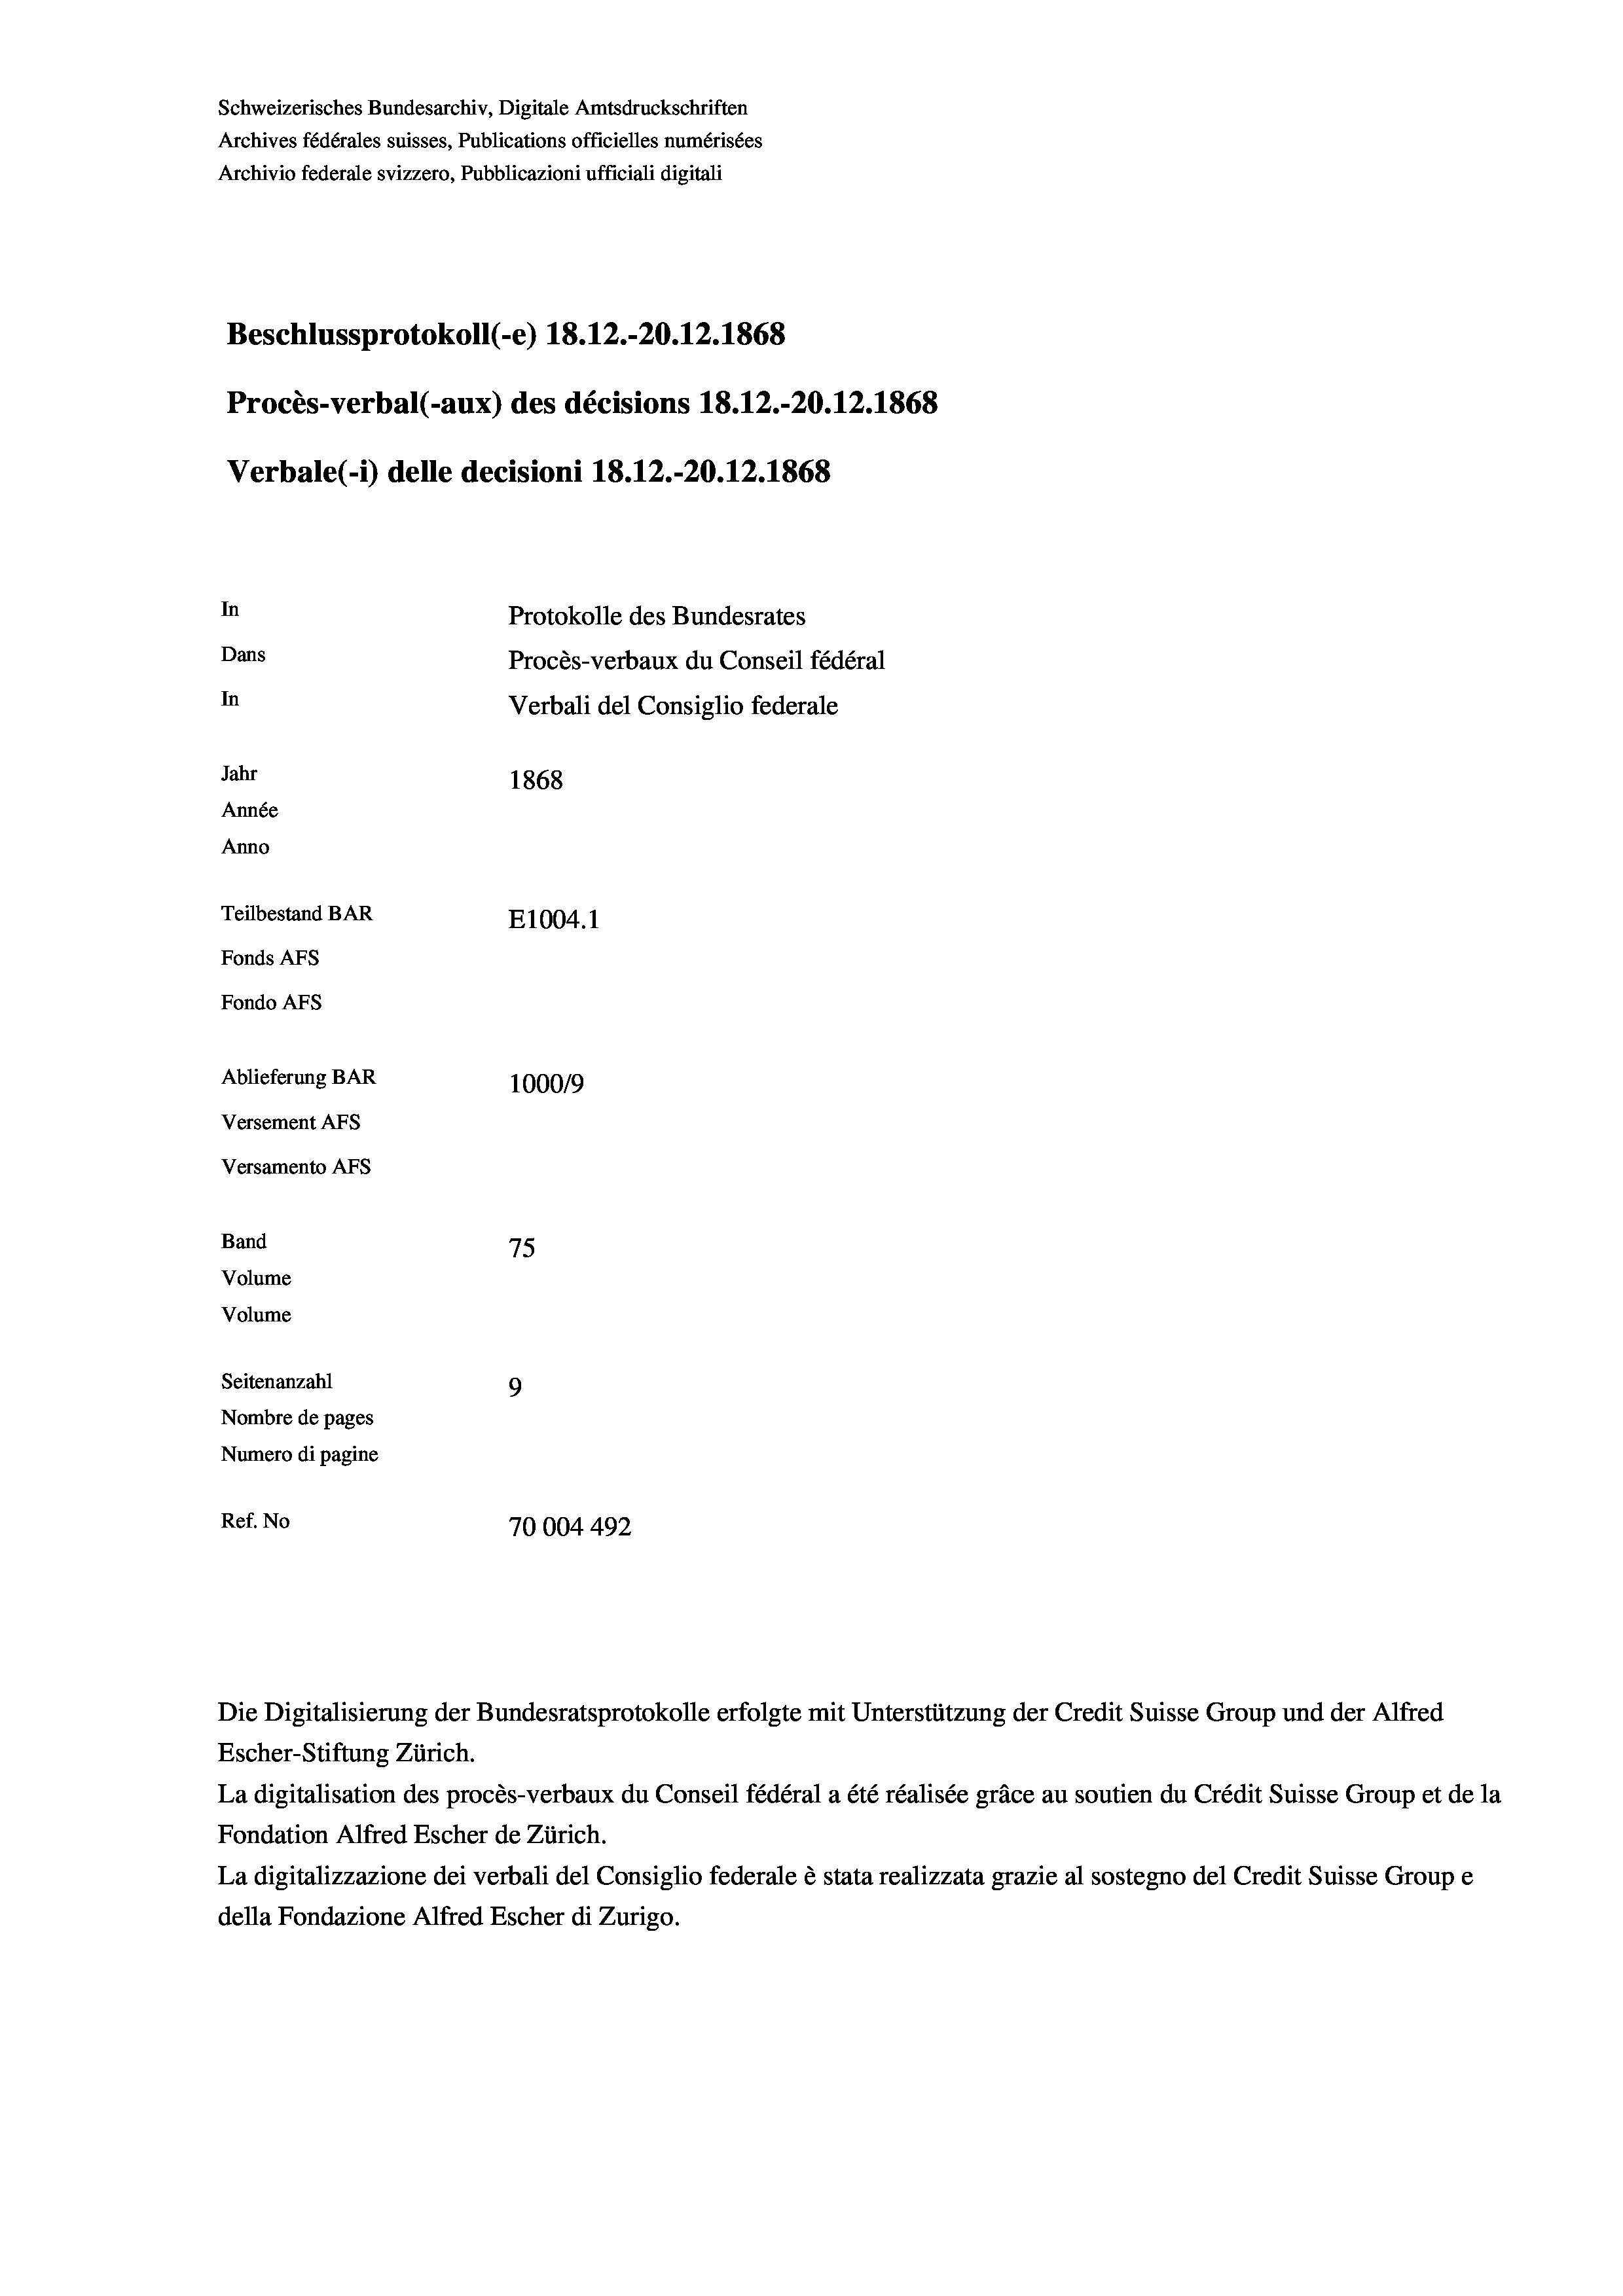
In
Protokolle des Bundesrates
Dans
Procès-verbaux du Conseil fédéral
In
Verbali del Consiglio federale
Jahr
1868
Année
Anno
Teilbestand BAR
E1004.1
Fonds AFs
Fondo AFs

Ablieferung BAR
Versement As
Versamento AFs
Band
Volume
Volume
Seitenanzahl

Procès-verbal (-aux) des décisions 18.12.-20.12.1868

Verbale(-*) delle decisioni 18. 12.-20.12.1868

100019
75
9
Nombre de pages
Numero di pagine
Ref. No
70004492

Die Digitalisierung der Bundesratsprotokolle erfolgte mit Unterstützung der Credit Suisse Group und der Alfred
Escher-Stiftung Zürich.
La digitalisation des procès-verbaux du Conseil fédéral a été réalisée gräce au soutien du Crédit Suisse Group et de la
Fondation Alfred Escher de Zürich.
La digitalizzazione dei verbali del Consiglio federale è stata realizzata grazie al sostegno del Credit Suisse Groupe
della Fondazione Alfred Escher di Zurigo.

Schweizerisches Bundesarchiv, Digitale Amtsdruckschriften
Archives fédérales suisses, Publications officielles numérisées
Archivio federale svizzero, Pubblicazioni ufficiali digitali

Beschlussprotokoll (e) 18. 12.-20.12.1868